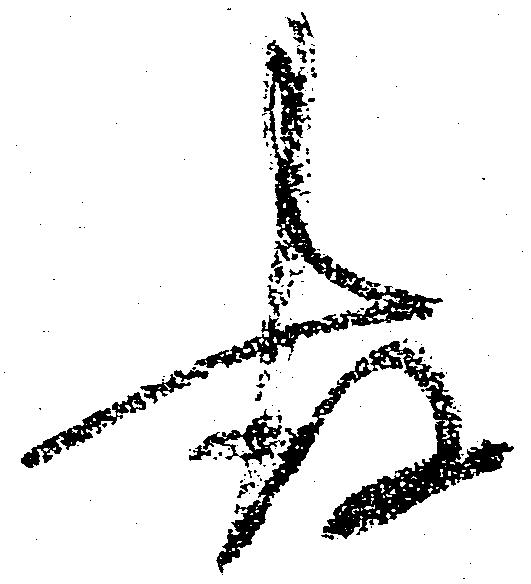
存